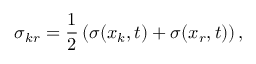
\boldsymbol { \sigma } _ { k r } = \frac { 1 } { 2 } \left( \boldsymbol { \sigma } ( \boldsymbol { x } _ { k } , t ) + \boldsymbol { \sigma } ( \boldsymbol { x } _ { r } , t ) \right) ,